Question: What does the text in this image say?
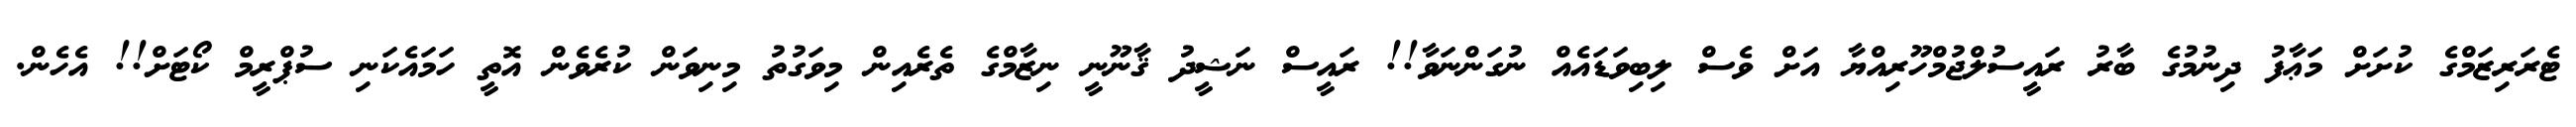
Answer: ޓެރަރިޒަމްގެ ކުށަށް މަޢާފު ދިނުމުގެ ބާރު ރައީސުލްޖުމްހޫރިއްޔާ އަށް ވެސް ލިބިވަޑައެއް ނުގަންނަވާ!! ރައީސް ނަޝީދު ޤާނޫނީ ނިޒާމްގެ ތެރެއިން މިވަގުތު މިނިވަން ކުރެވެން އޮތީ ހަމައެކަނި ސުޕްރީމް ކޯޓަށް!! އެހެން.